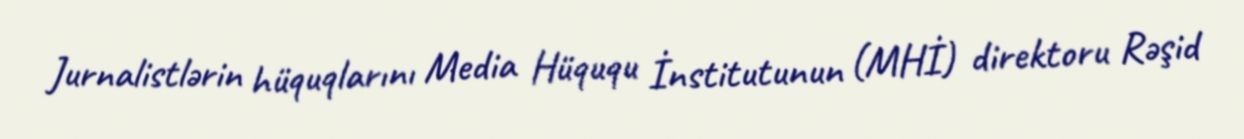
Jurnalistlərin hüquqlarını Media Hüququ İnstitutunun (MHİ) direktoru Rəşid